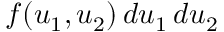
f ( u _ { 1 } , u _ { 2 } ) \, d u _ { 1 } \, d u _ { 2 }